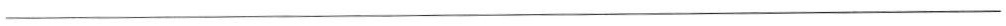
___